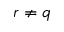
r \neq q